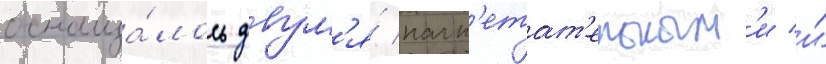
оснаща́лось двум'я́ нагн'етат'ельным'и и́